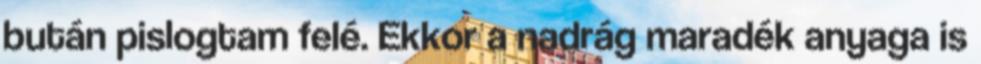
bután pislogtam felé. Ekkor a nadrág maradék anyaga is